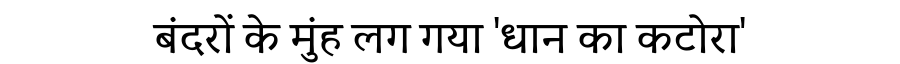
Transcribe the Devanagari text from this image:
बंदरों के मुंह लग गया 'धान का कटोरा'